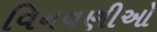
વિનવણીઓ